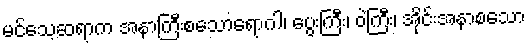
မင်သေ့ဆရာက အနာကြီးစသောရောဂါ၊ ပွေးကြီး၊ ဝဲကြီး၊ အိုင်းအနာစသော